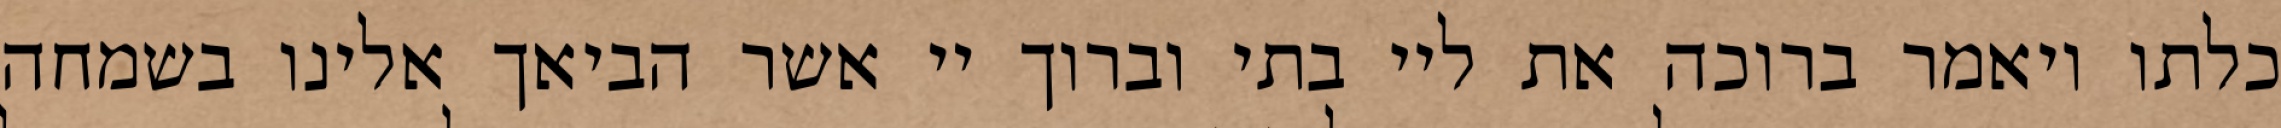
כלתו ויאמר ברוכה את ליי בתי וברוך יי אשר הביאך אלינו בשמחה